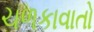
ચળકાવાતો